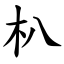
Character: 朳